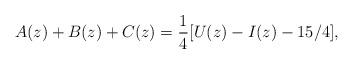
LaTeX: \begin{align*} A(z)+B(z)+C(z)=\frac{1}{4} [U(z)-I(z)-15/4 ],\end{align*}